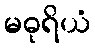
မဓုရိယံ